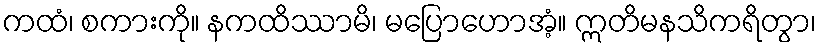
ကထံ၊ စကားကို။ နကထိဿာမိ၊ မပြောဟောအံ့။ ဣတိမနသိကရိတွာ၊